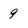
Character: 9